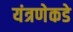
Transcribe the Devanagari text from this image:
यंत्रणेकडे